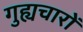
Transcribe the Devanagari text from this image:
गुह्यचारों